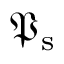
{ \mathfrak { P } } _ { \mathrm { s } }